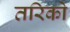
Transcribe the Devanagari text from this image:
तरिको